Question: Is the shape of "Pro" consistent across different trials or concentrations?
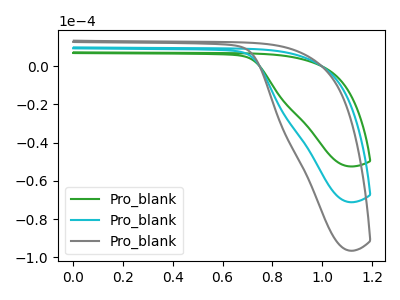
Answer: <think>The green curve "Pro_blank1" has no peaks. The cyan curve "Pro_blank2" has no peaks. The gray curve "Pro_blank3" has no peaks.
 Neither "Pro_blank1" or "Pro_blank2" have any peaks. Neither "Pro_blank1" or "Pro_blank3" have any peaks. Neither "Pro_blank2" or "Pro_blank3" have any peaks.</think>
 <answer>All the CV's of "Pro" have similar shape.</answer>
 <eval>follow_rule</eval>